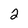
Character: 2